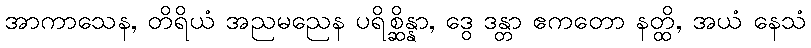
အာကာသေန, တိရိယံ အညမညေန ပရိစ္ဆိန္နာ, ဒွေ ဒန္တာ ဧကတော နတ္ထိ, အယံ နေသံ